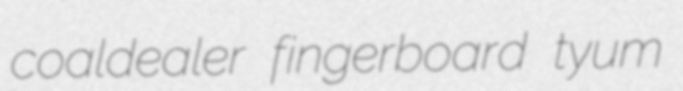
coaldealer fingerboard tyum